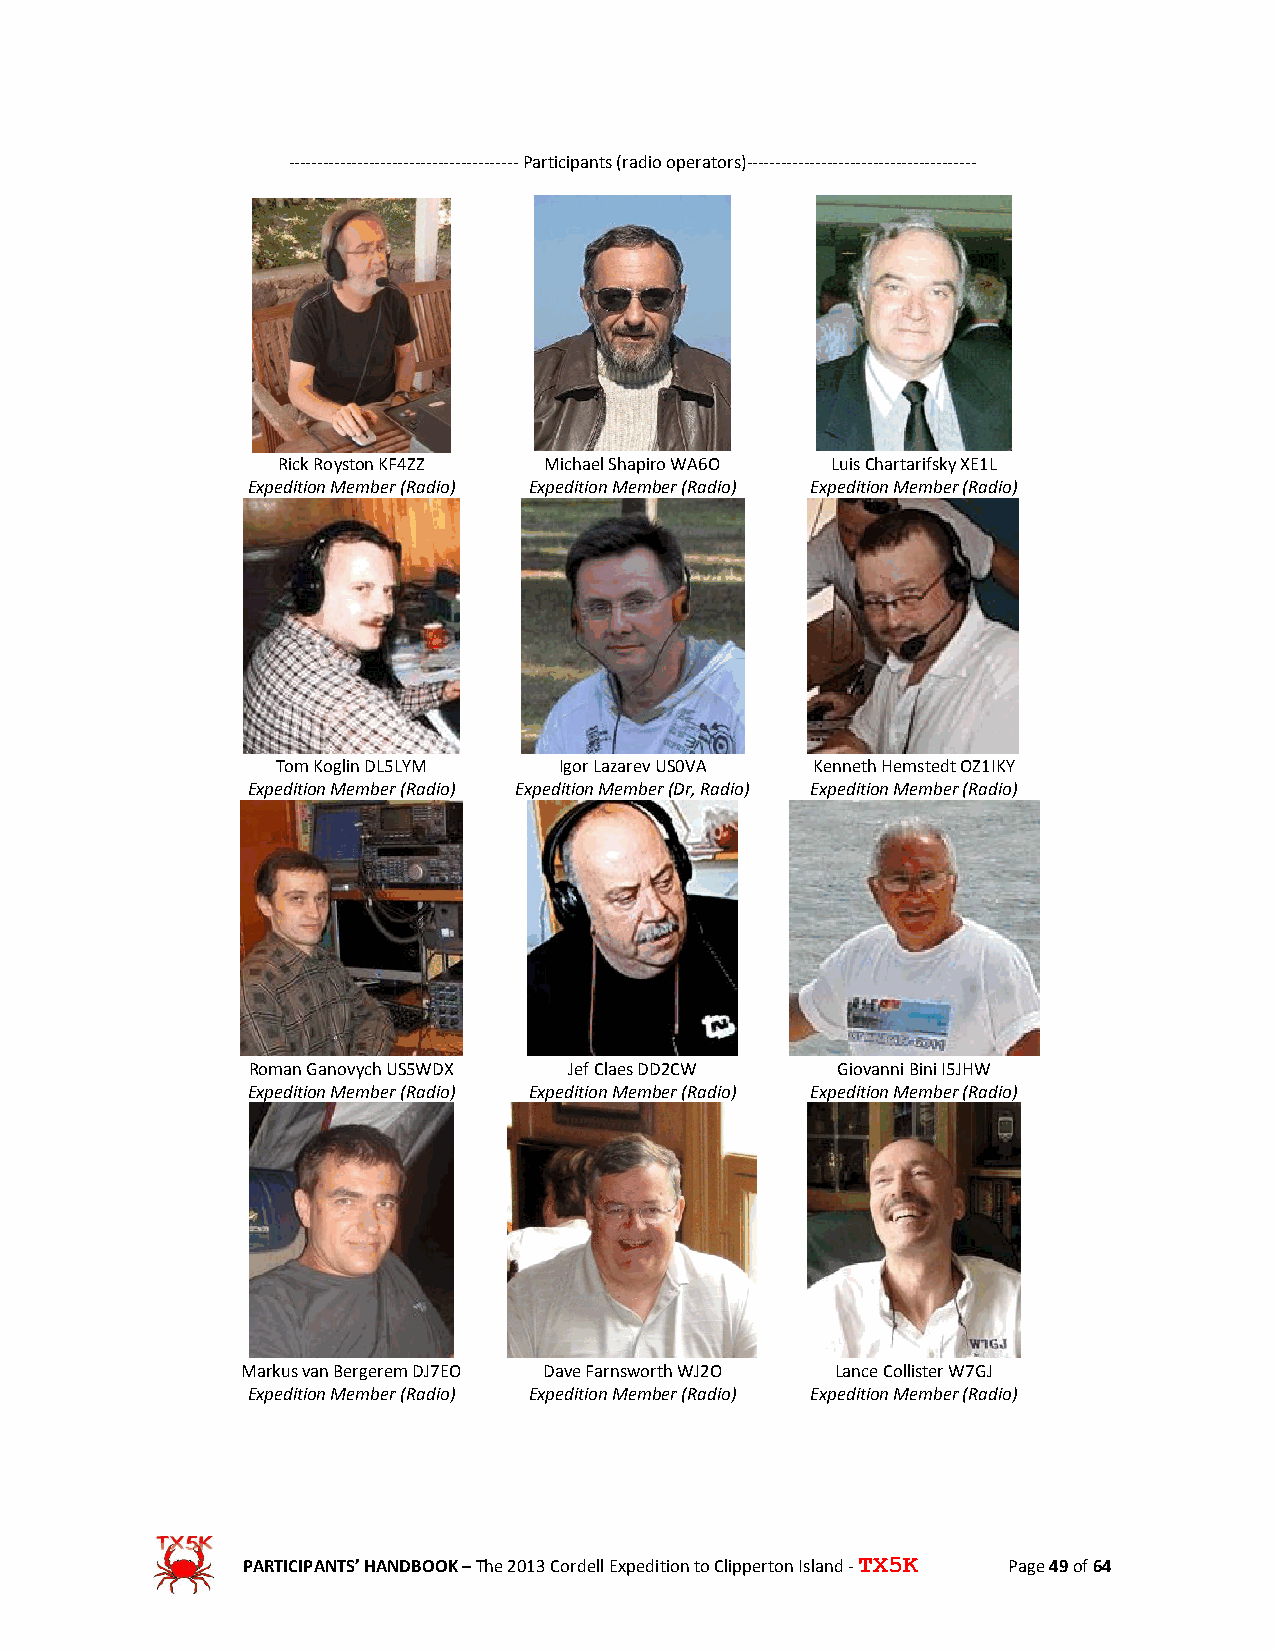
---------------------------------------- Participants (radio operators)----------------------------------------
 Rick Royston KF4ZZ Michael Shapiro WA6O Luis Chartarifsky XE1L
 Expedition Member (Radio) Expedition Member (Radio) Expedition Member (Radio)
 Tom Koglin DL5LYM  Igor Lazarev US0VA Kenneth Hemstedt OZ1IKY
 Expedition Member (Radio) Expedition Member (Dr, Radio) Expedition Member (Radio)
 Roman Ganovych US5WDX Jef Claes DD2CW  Giovanni Bini I5JHW
 Expedition Member (Radio) Expedition Member (Radio) Expedition Member (Radio)
 Markus van Bergerem DJ7EO Dave Farnsworth WJ2O Lance Collister W7GJ
 Expedition Member (Radio) Expedition Member (Radio) Expedition Member (Radio)
 PARTICIPANTS’ HANDBOOK – The 2013 Cordell Expedition to Clipperton Island - TX5K Page 49 of 64